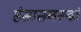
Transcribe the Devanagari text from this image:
हंसासनरूढां